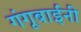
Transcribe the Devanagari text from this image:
गंगूबाईंनी